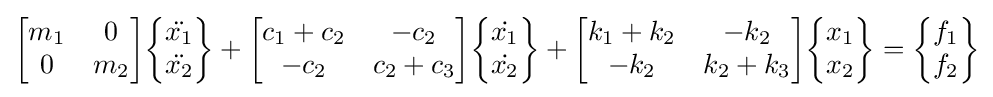
{\begin{bmatrix}m_{1}&0\\0&m_{2}\end{bmatrix}}{\begin{Bmatrix}{\ddot {x_{1}}}\\{\ddot {x_{2}}}\end{Bmatrix}}+{\begin{bmatrix}c_{1}+c_{2}&-c_{2}\\-c_{2}&c_{2}+c_{3}\end{bmatrix}}{\begin{Bmatrix}{\dot {x_{1}}}\\{\dot {x_{2}}}\end{Bmatrix}}+{\begin{bmatrix}k_{1}+k_{2}&-k_{2}\\-k_{2}&k_{2}+k_{3}\end{bmatrix}}{\begin{Bmatrix}x_{1}\\x_{2}\end{Bmatrix}}={\begin{Bmatrix}f_{1}\\f_{2}\end{Bmatrix}}